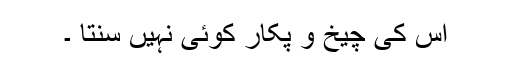
اس کی چیخ و پکار کوئی نہیں سنتا ۔